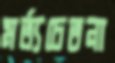
মর্ত্যচেতনা